Leaving Certificate Examination, 1922
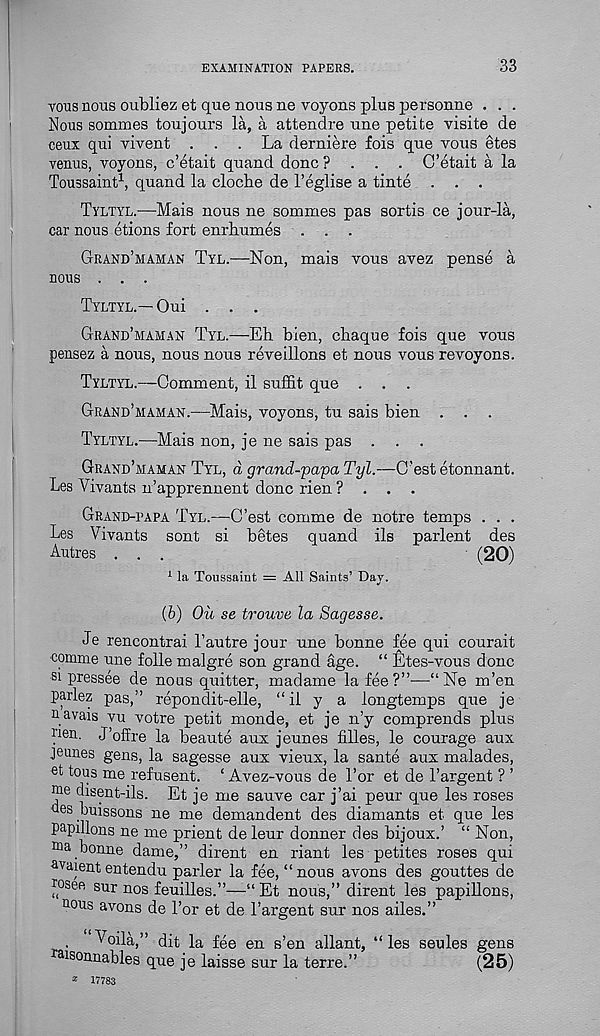
EXAMINATION PAPERS.
33
yous nous oubliez et que nous ne voyons plus personne . . .
Nous sommes toujours la, a attendre une petite visite de
ceux qui vivent ... La derniere fois que vous etes
venus, voyons, c’etait quand done? . . . C’etait a la
Toussaint 1 , quand la cloclie de 1’eglise a tinte . . .
Tyltyl.—Mais nous ne sommes pas sortis ce jour-la,
car nous etions fort enrhumes . . .
Grand’maman Tyl.—Non, mais yous avez pense a
nous . . .
Tyltyl.—Oui . . .
Grand’maman Tyl.—Eh bien, chaque fois que vous
pensez a nous, nous nous reveillons et nous vous revoyons.
Tyltyl.—Comment, il suffit que . .
Grand’maman.—Mais, voyons, tu sais bien . . .
Tyltyl.—Mais non, je ne sais pas .
Grand’maman Tyl, d grand-papa Tyl.—C’est etonnant.
Les Vivants n’apprennent done rien ? . . .
Grand-papa Tyl.—C’est comme de notre temps . . .
Les Vivants sont si betes quand ils parlent des
Autres ...
■ (20)
1 la Toussaint = All Saints’ Day.
(b) Oil se trouve la Sagesse.
Je rencontrai 1’autre jour une bonne fee qui courait
■ comnie une folle malgre son grand age. “ Etes-vous done
si presses de nous quitter, madame la fee?”—“Ne m’en
parlez pas,” repondit-elle, “il y a longtemps que je
u avais vu votre petit monde, et je n’y comprends plus
Tien. J’offre la beaute aux jeunes lilies, le courage aux
jeunes gens, la sagesse aux vieux, la sante aux malades,
et tons me refusent. ‘ Avez-vous de Tor et de 1’argent ? ’
me disent-ils. Et je me sauve car j’ai peur que les roses
des buissons ne me demandent des diamants et que les
papulous ne me prient de leur donner des bijoux.’ “ Non,
ma bonne dame,” dirent en riant les petites roses qui
•avaient entendu parler la fee, “nous avons des gouttes de
Tosee sur nos feuilles.”—“ Et nous,” dirent les papillons,
nous avons de 1’or et de 1’argent sur nos ailes.”
.
Voila,” dit la fee en s’en allant, “ les seules gens
aisonnables que je laisse sur la terre.”
(25)
* 17783